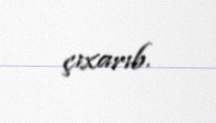
çıxarıb.